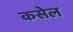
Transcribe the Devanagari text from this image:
कसेल